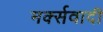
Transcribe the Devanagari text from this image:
मर्क्सवादी